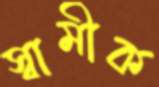
স্বামীক